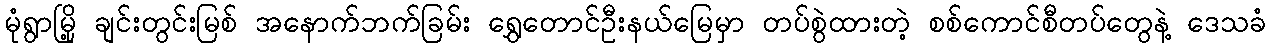
မုံရွာမြို့ ချင်းတွင်းမြစ် အနောက်ဘက်ခြမ်း ရွှေတောင်ဦးနယ်မြေမှာ တပ်စွဲထားတဲ့ စစ်ကောင်စီတပ်တွေနဲ့ ဒေသခံ